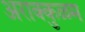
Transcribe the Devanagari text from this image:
अराक्कुळम